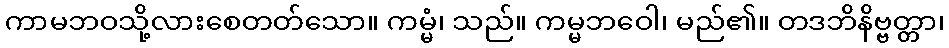
ကာမဘဝသို့လားစေတတ်သော။ ကမ္မံ၊ သည်။ ကမ္မဘဝေါ၊ မည်၏။ တဒဘိနိဗ္ဗတ္တာ၊